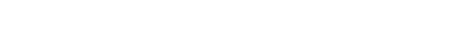
တတော သက္ကတ္တဘာဝတော စုတော - ထိုသိကြားအဖြစ်မှ စုတေလတ်သော်